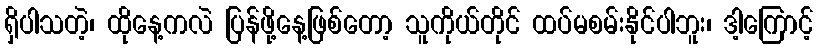
ရှိပါသတဲ့၊ ထိုနေ့ကလဲ ပြန်ဖို့နေ့ဖြစ်တော့ သူကိုယ်တိုင် ထပ်မစမ်းနိုင်ပါဘူး၊ ဒါ့ကြောင့်